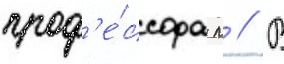
проф'е́ссора л // В